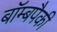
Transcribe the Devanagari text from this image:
बॉम्बपैकी